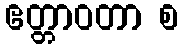
ဧတ္တာဝတာ စ